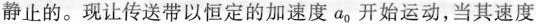
静止的。现让传送带以恒定的加速度开始运动，当其速度a_{0|